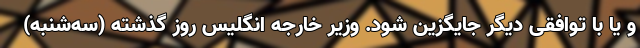
و یا با توافقی دیگر جایگزین شود. وزیر خارجه انگلیس روز گذشته (سه‌شنبه)